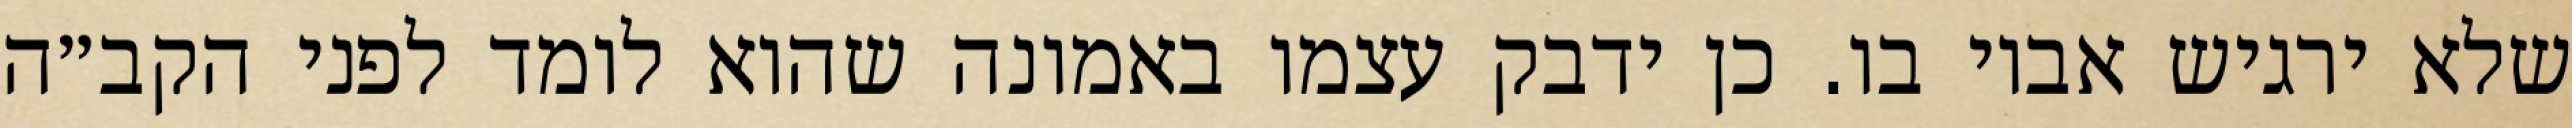
שלא ירגיש אביו בו. כן ידבק עצמו באמונה שהוא לומד לפני הקב״ה